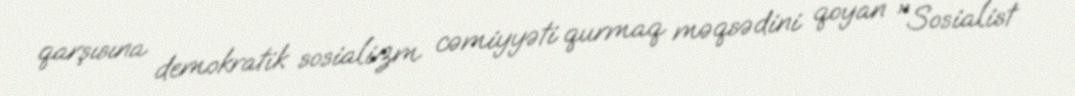
qarşısına demokratik sosializm cəmiyyəti qurmaq məqsədini qoyan "Sosialist